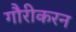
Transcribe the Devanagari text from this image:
गौरीकरन